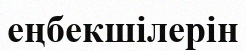
еңбекшілерін